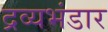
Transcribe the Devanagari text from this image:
द्रव्यभंडार